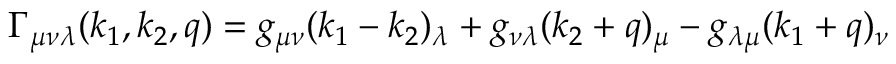
\Gamma _ { \mu \nu \lambda } ( k _ { 1 } , k _ { 2 } , q ) = g _ { \mu \nu } ( k _ { 1 } - k _ { 2 } ) _ { \lambda } + g _ { \nu \lambda } ( k _ { 2 } + q ) _ { \mu } - g _ { \lambda \mu } ( k _ { 1 } + q ) _ { \nu }